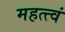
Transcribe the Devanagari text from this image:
महत्त्वं